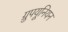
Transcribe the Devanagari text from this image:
ग्रुपयूनियन